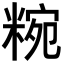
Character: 𥺹